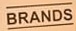
BRANDS